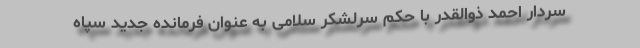
سردار احمد ذوالقدر با حکم سرلشکر سلامی به عنوان فرمانده جدید سپاه